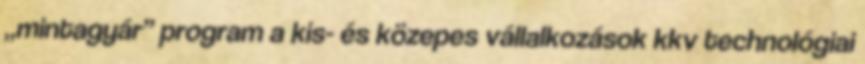
„mintagyár” program a kis- és közepes vállalkozások kkv technológiai